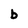
Character: b